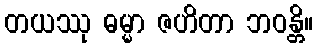
တယဿု ဓမ္မာ ဇဟိတာ ဘဝန္တိ။